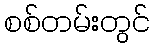
စစ်တမ်းတွင်